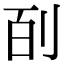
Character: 㓦